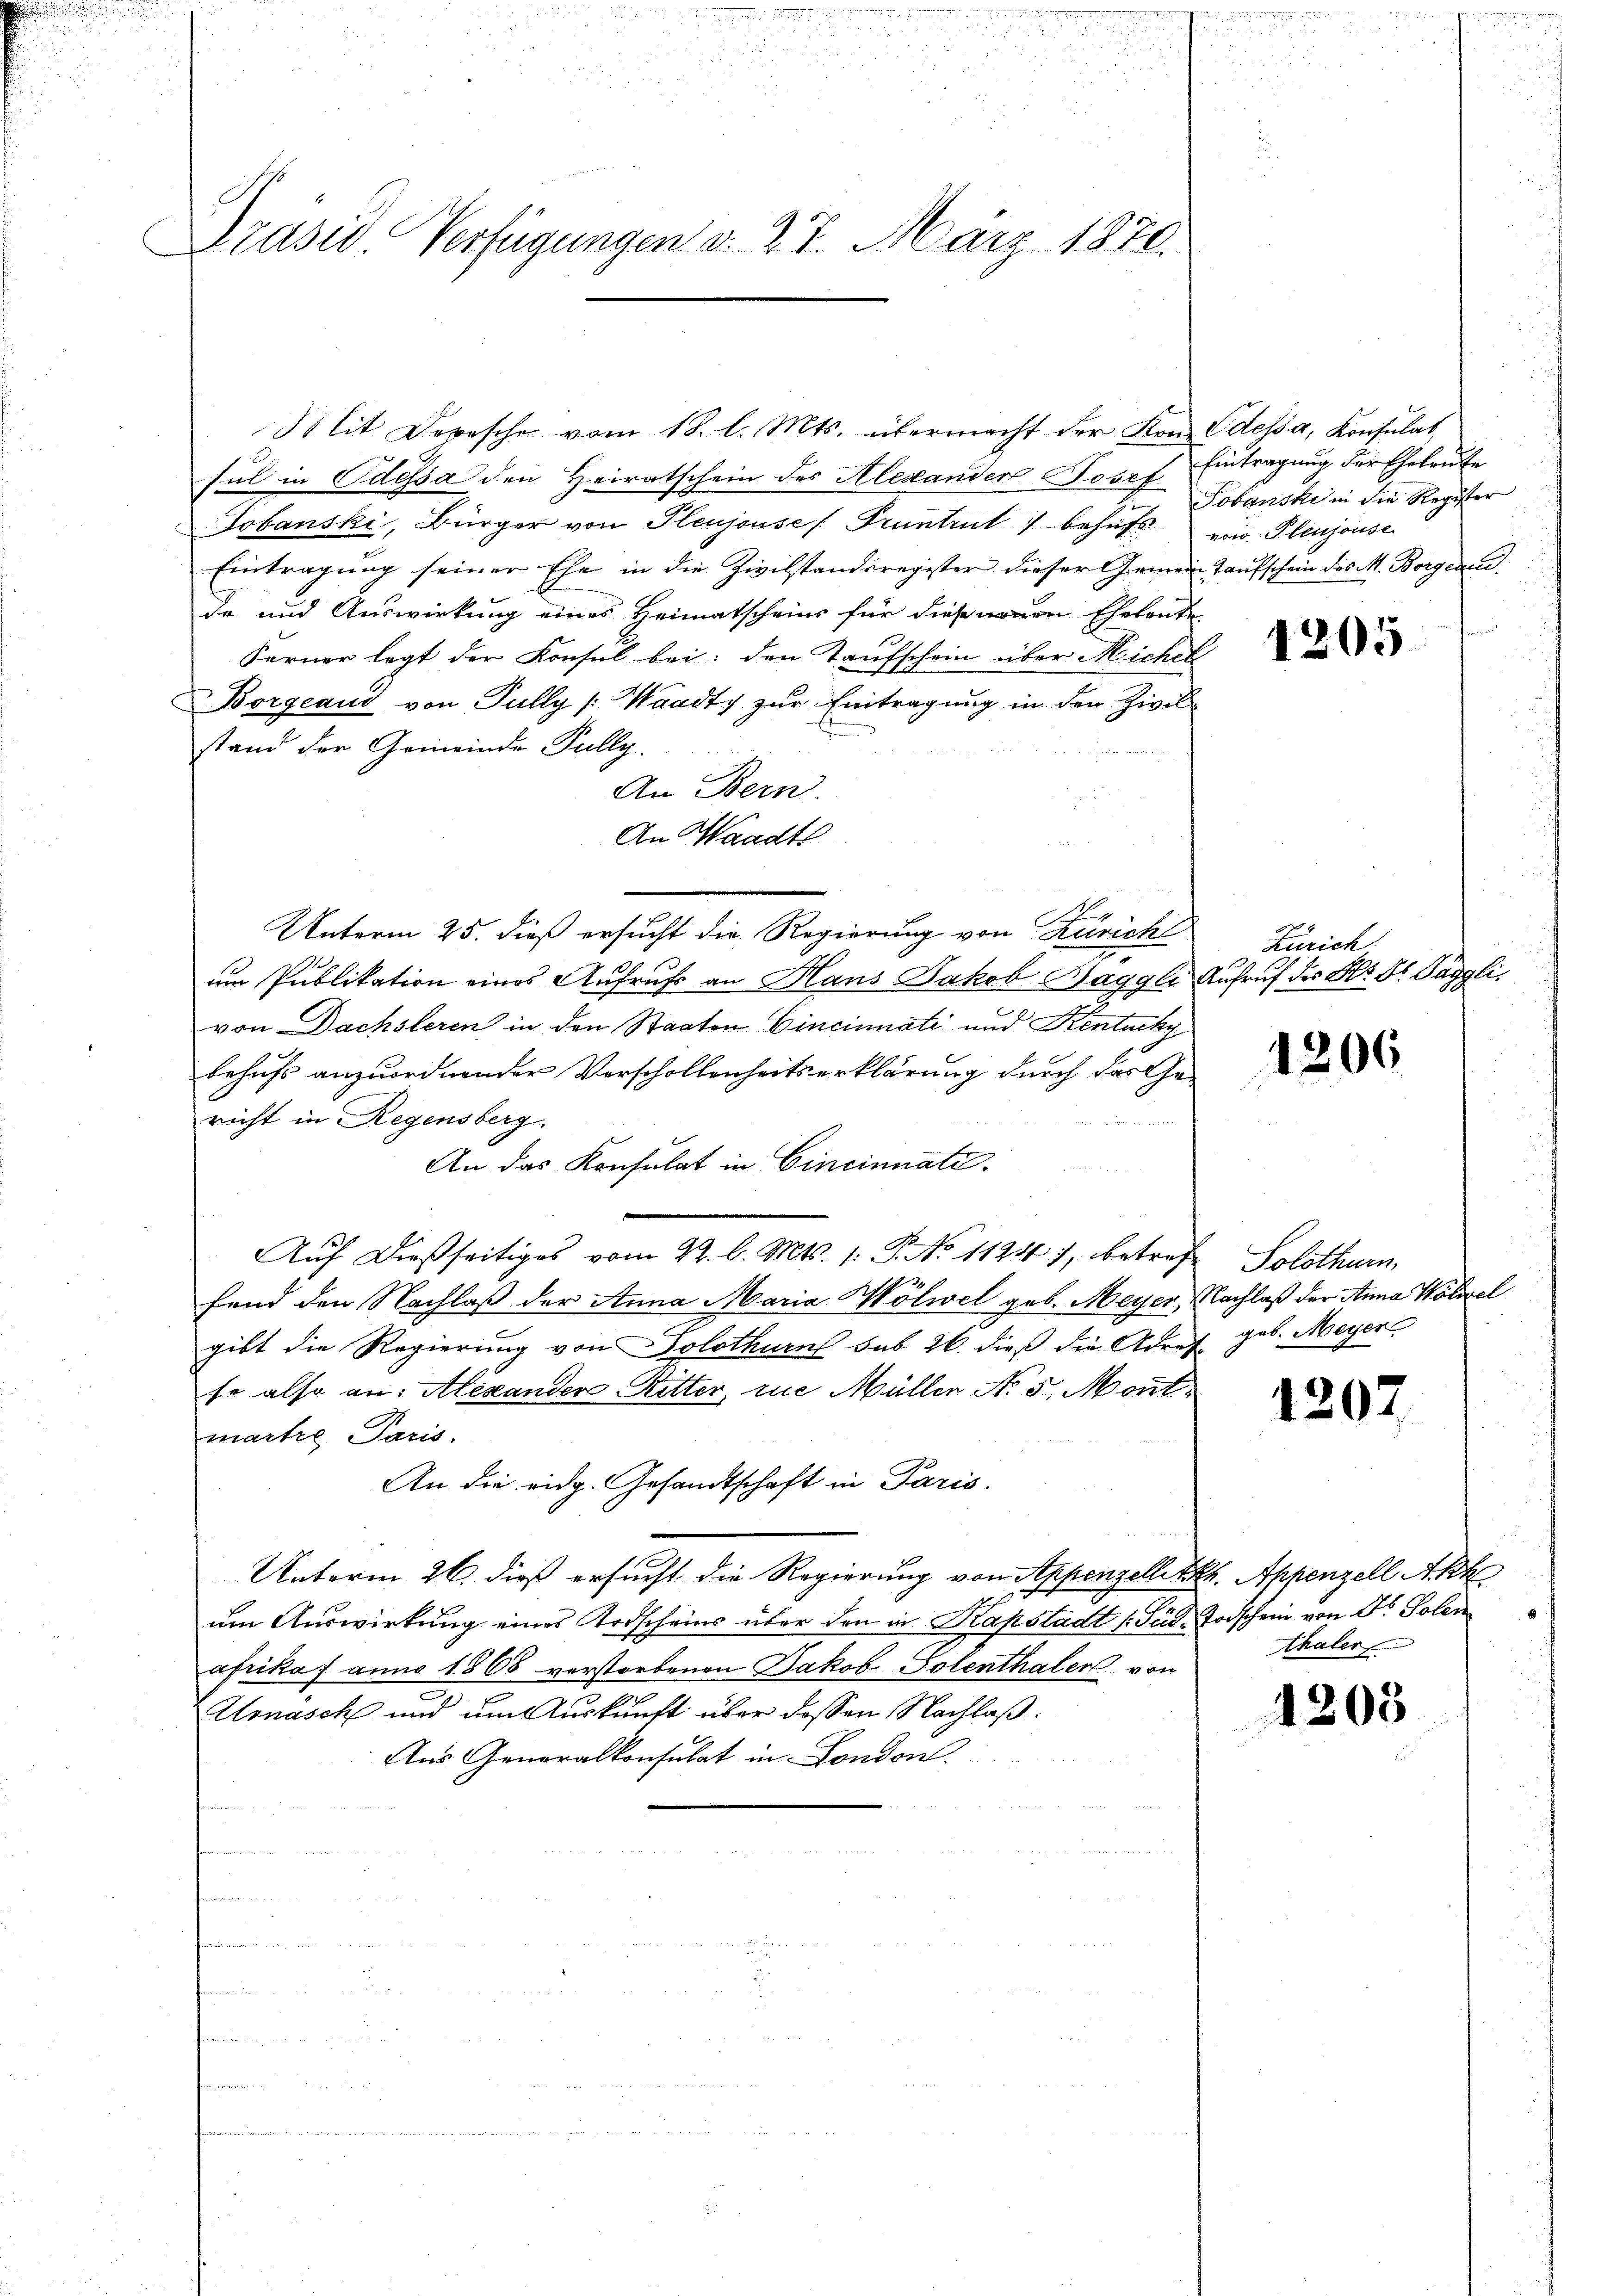
Präsid. Verfügungen d. 27. März 1870.

Mit Depesche vom 18. l. Mts. übermacht der Kon. Odessa, Konsulat
sul in Odessa den Heiratschein des Alexander Josef
Jobanski, Bürger von Pleujouse: Pruntrut behufs von Plenjouse
Eintragung seiner Ehe in die Zivilstandsregister dieser Gemein Taufschein des A. Borgend
de und Auswirkung eines Heimatscheins für diesenen Eheleute
Ferner legt der Konsul bei: den Taufschein über Michel
Borgeaud von Fully [Waadty zur Eintragung in den Zivilstand der Gemeinde Pully.
An Bern.
An Waadt
.
Unterm 25. dieß ersucht die Regierung von Zürich
um Publikation eines Aufruf an Haus Jakob Haggli Aufruf der Hr. Dr. Pagglivon Dachsleren in den Staaten Cincinati und Kentucky
behufs anzuordnender Verschollenheitserklärung durch das Ge-
richt in Regensberg.
An das Konsulat in Cincinnati
Auf dießseitiges vom 22. l. Mts. 1. P. No 1124), betref Solothurn,
fend den Nachlaß der Anna Maria Möliel geb. Meyer, Nachlaß der Anna Wötzel
gibt die Regierung von Solothurn sub 26. dieß die Adres geb. Meyer
se also an: Alexander Ritter in Müller No 5. Mont
marte Paris.
An die eidg. Gesandtschaft in Paris.
Unterm 26. dieß ersucht die Regierung von Appenzellett. Appenzell Akk
um Auswirkung eines Ardscheins über den in Kapstadt (Süd- Todschein von Dr. Polen
afrikaf anno 1868 verstorbenen Jakob Solenthaler von
Urnäsch und um Auskunft über dessen Nachlaß.
Aus Generalkonsulat in London.

Eintragung der Eheleute
Tobanski in die Register

Zürich

thaler

1205

1206

1207

1203